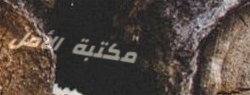
مكتبة الأمل